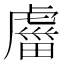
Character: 𧇕